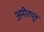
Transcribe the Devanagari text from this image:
अमीरपुर